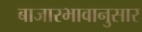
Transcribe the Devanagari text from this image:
बाजारभावानुसार